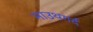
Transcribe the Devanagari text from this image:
माउथगर्द